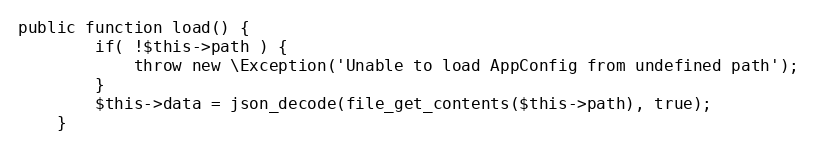
Language: PHP
public function load() {
		if( !$this->path ) {
			throw new \Exception('Unable to load AppConfig from undefined path');
		}
		$this->data	= json_decode(file_get_contents($this->path), true);
	}